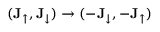
( \mathbf { J } _ { \uparrow } , \mathbf { J } _ { \downarrow } ) \rightarrow ( - \mathbf { J } _ { \downarrow } , - \mathbf { J } _ { \uparrow } )